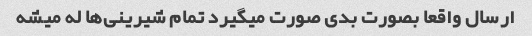
ارسال واقعا بصورت بدی صورت میگیرد تمام شیرینی‌ها له میشه